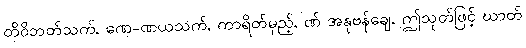
တိဝိဘတ်သက်, ဏေ-ဏယသက်, ကာရိတ်မှည့်, ဏ် အနုဗန်ချေ, ဤသုတ်ဖြင့် ဃာတ်